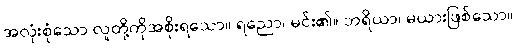
အလုံးစုံသော လူတို့ကိုအစိုးရသော။ ရညော၊ မင်း၏။ ဘရိယာ၊ မယားဖြစ်သော။